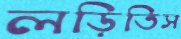
লড়িতিস